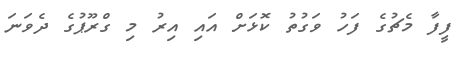
ފީފާ މެޗުގެ ފަހު ވަގުތު ކޮޅަށް އައި އިރު މި ގްރޫޕުގެ ދެވަނަ